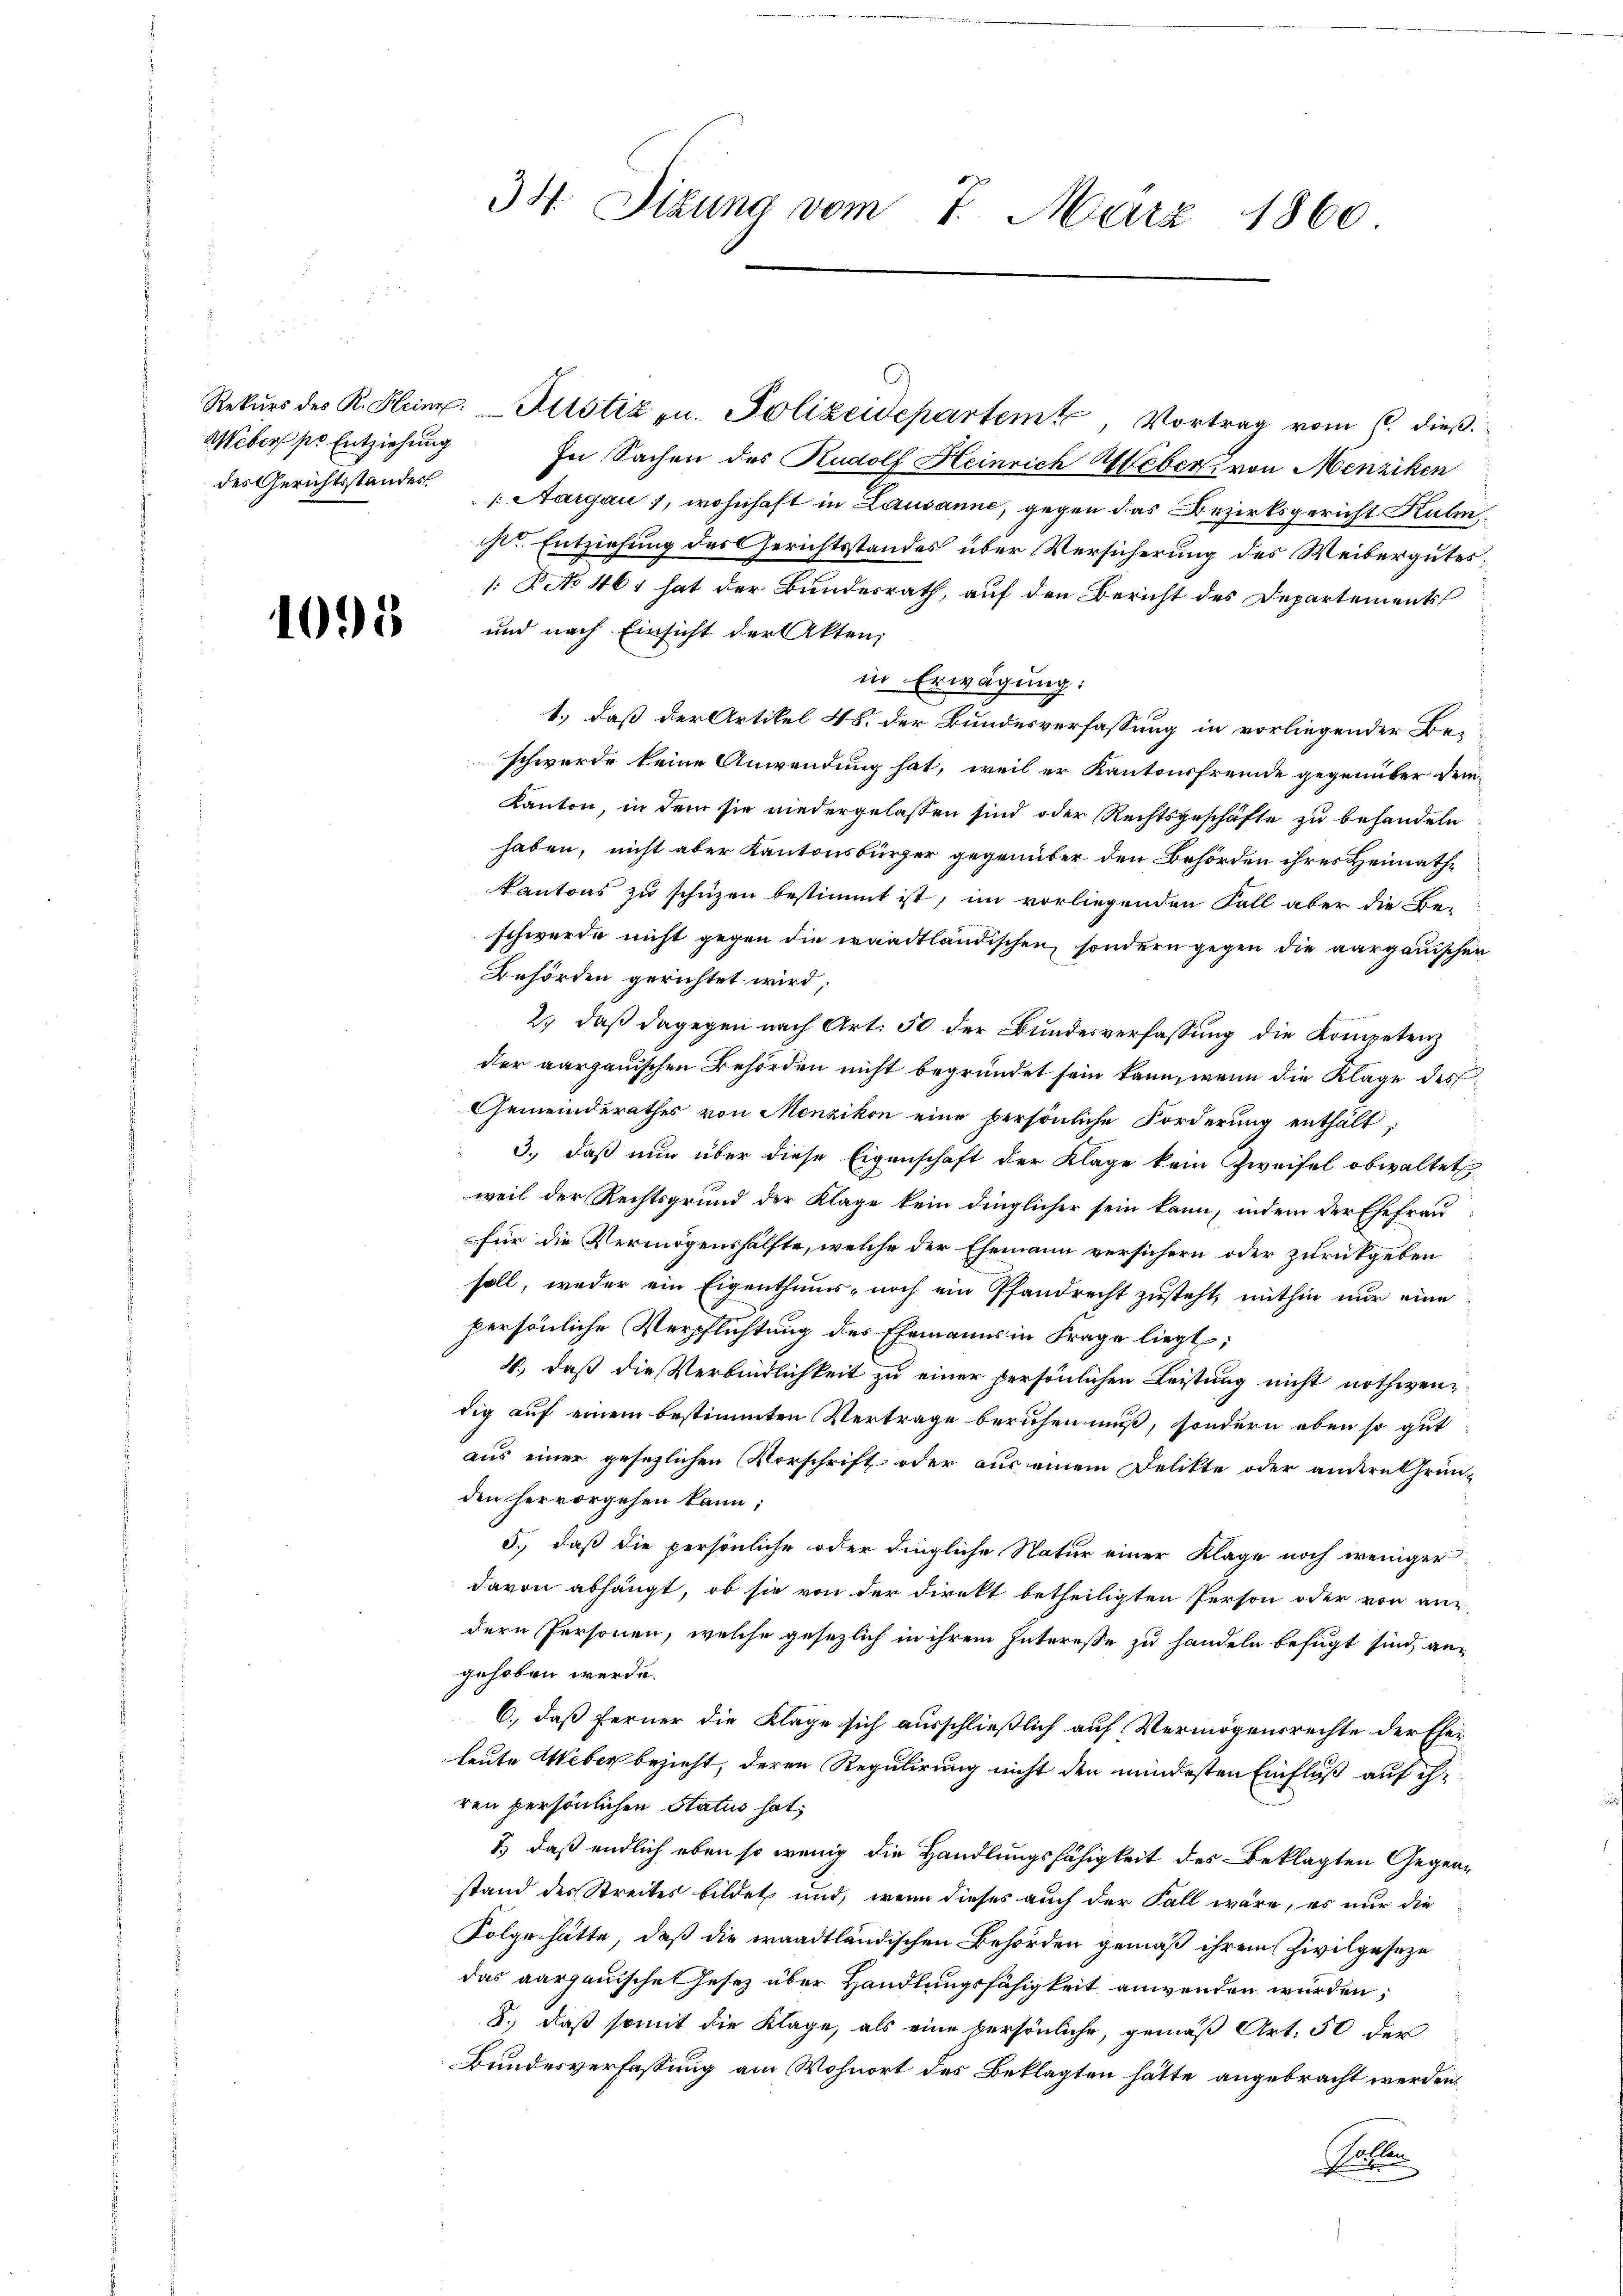
Weber pr Entziehung

1095

Rekŭrs des R. Heinr. Justiz u. Polizeidepartem, Vortrag vom 6. dieß
In Sachen des Rudolf Heinrich Weber, von Menziken
des Gerichtsstandes. Aargau 1, wohnhaft in Lausanne, gegen das Bezirksgericht Kulmsr. Entziehung des Gerichtsstandes über Versicherung des Weibergutes,
: Pcto 461 hat der Bundesrath, auf den Bericht des Departements
und nach Einsicht der Akten;
in Erwägung:
1.) daß der Artikel 48. der Bundesverfassung in vorliegender Beschwerde keine Anwendung hat, weil er Kantonsfremde gegenüber dem¬
Kanton, in dem sie niedergelassen sind oder Rechtsgeschäfte zu behandeln
haben, nicht aber Kantonsbürger gegenüber den Behörden ihres Heimath¬
Kantons zu schüzen bestimmt ist, im vorliegenden Fall aber die Be-
schwerde nicht gegen die waadtländischen, sondern gegen die aargauischen
Behörden gerichtet wird,
2) daß dagegen nach Art. 50 der Bundesverfassung die Kompetenz
der aargauischen Behörden nicht begründet sein kann, wenn die Klage des
Gemeinderathes von Menzikon eine persönliche Forderung enthält,
3., daß nun über diese Eigenschaft der Klage kein Zweifel obwaltet
weil der Rechtsgrund der Klage kein dinglicher sein kann, indem der Ehefrau
für die Vermögenshälfte, welche der Ehemann versichern oder zurückgeben
soll, weder ein Eigenthums- noch ein Pfandrecht zusteht, mithin nur eine
persönliche Verpflichtung des Ehemanns in Frage liegt;
4., daß die Verbindlichkeit zu einer persönlichen Leistung nicht nothwendig auf einem bestimmten Vertrage beruhen muß, sondern eben so gut
aus einer gesezlichen Vorschrift oder aus einem Delikte oder andern Grün-
den hervorgehen kann;
5., daß die persönliche oder dingliche Natur einer Klage noch weniger
davon abhängt, ob sie von der Direkt betheiligten Person oder von aus-
dern Personen, welche gesezlich in ihrem Interesse zu handeln befugt sind, angehoben werde.
6., daß ferner die Klage sich ausschließlich auf Vermögensrechte der Eheleute Weber bezieht, deren Regulirung nicht den mindesten Einfluß auf ihren persönlichen Status hat;
2) daß endlich eben so wenig die Handlungsfähigkeit des Beklagten Gegenstand des Streites bildet und, wenn dieses auch der Fall wäre, es nur die
Folge hätte, daß die waadtländischen Behörden gemäß ihrem Zivilgeseze
das aargauische Gesetz über Handlungsfähigkeit anwenden würden;
8.) Daß somit die Klage, als eine persönliche, gemäß Art. 50 der
Bundesverfassung am Wohnort des Beklagten hätte angebracht werden
Ratten

34. Situng vom 7. März 1860